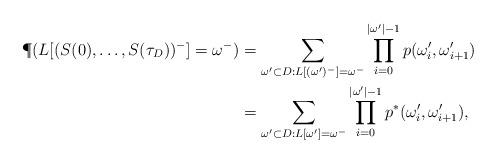
LaTeX: \begin{align*}\P(L[(S(0) , \dots , S({\tau _D}))^-]=\omega^-)&=\sum_{\omega ^\prime \subset D : L[(\omega ^\prime )^-]=\omega^-}\prod _{i=0}^{|\omega ^\prime |-1}p(\omega ^\prime _i, \omega ^\prime _{i+1})\\&=\sum_{\omega ^\prime \subset D : L[\omega ^\prime ]=\omega^-}\prod _{i=0}^{|\omega ^\prime |-1}p^*(\omega ^\prime _i, \omega ^\prime _{i+1}),\end{align*}